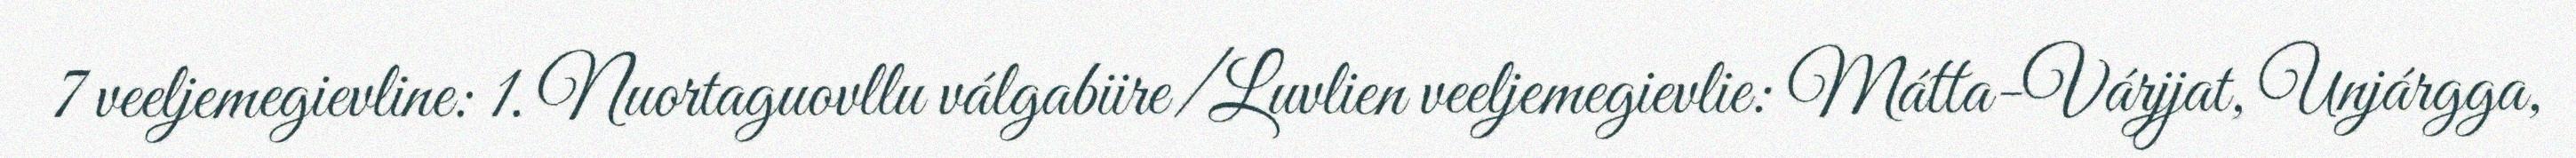
7 veeljemegievline: 1. Nuortaguovllu válgabiire/Luvlien veeljemegievlie: Mátta-Várjjat, Unjárgga,